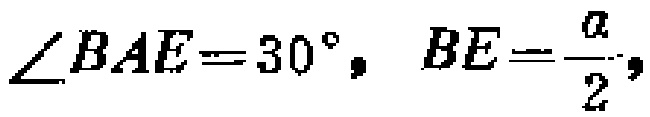
$\angle BAE = 30^{\circ}, BE = \frac{a}{2},$